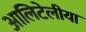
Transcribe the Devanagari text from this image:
आलिटेलीया